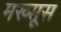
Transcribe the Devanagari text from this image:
मख्सूस